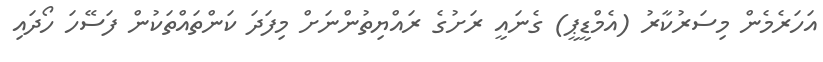
އަހަރެމެން މިސަރުކާރު (އެމްޑީޕީ) ގެނައީ ރަށުގެ ރައްޔިތުންނަށް މިފަދަ ކަންތައްތަކުން ފަސޭހަ ހޯދައި